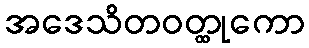
အဒေသိတဝတ္ထုကော